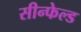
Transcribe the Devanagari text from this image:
सीन्फेल्ड